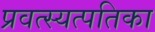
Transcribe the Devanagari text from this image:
प्रवत्स्यत्पतिका